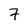
Character: 7